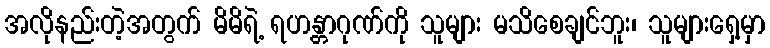
အလိုနည်းတဲ့အတွက် မိမိရဲ့ ရဟန္တာဂုဏ်ကို သူများ မသိစေချင်ဘူး၊ သူများရှေ့မှာ